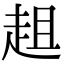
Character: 趄